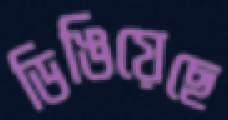
ডিঙিয়েছে